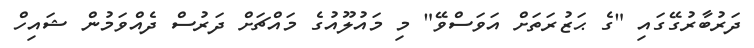
ދަރުބާރުގޭގައި "ގެ ޙަޒުރަތަށް އަވަސްވޭ" މި މައުލޫއުގެ މައްޗަށް ދަރުސް ދެއްވަމުން ޝައިހް